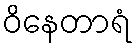
ဝိနေတာရံ